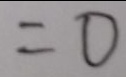
= 0